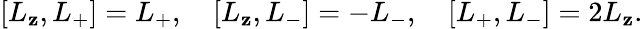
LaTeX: [L_{\mathbf{z}},L_{+}]=L_{+},\quad[L_{\mathbf{z}},L_{-}]=-L_{-},\quad[L_{+},L_{-}]=2L_{\mathbf{z}}.